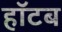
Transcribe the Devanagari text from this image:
हॉटब